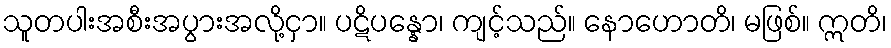
သူတပါးအစီးအပွားအလို့ငှာ။ ပဋိပန္နော၊ ကျင့်သည်။ နောဟောတိ၊ မဖြစ်။ ဣတိ၊